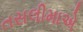
તસલીમાએ